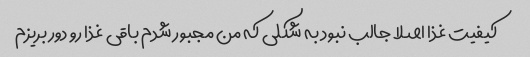
کیفیت غذا اصلا جالب نبود به شکلی که من مجبور شدم باقی غذا رو دور بریزم